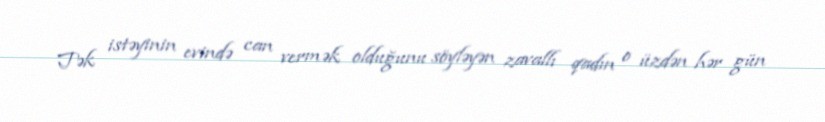
Tək istəyinin evində can vermək olduğunu söyləyən zavallı qadın o üzdən hər gün